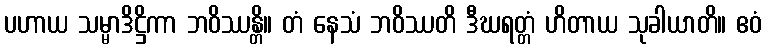
ပဟာယ သမ္မာဒိဋ္ဌိကာ ဘဝိဿန္တိ။ တံ နေသံ ဘဝိဿတိ ဒီဃရတ္တံ ဟိတာယ သုခါယာတိ။ ဧဝံ